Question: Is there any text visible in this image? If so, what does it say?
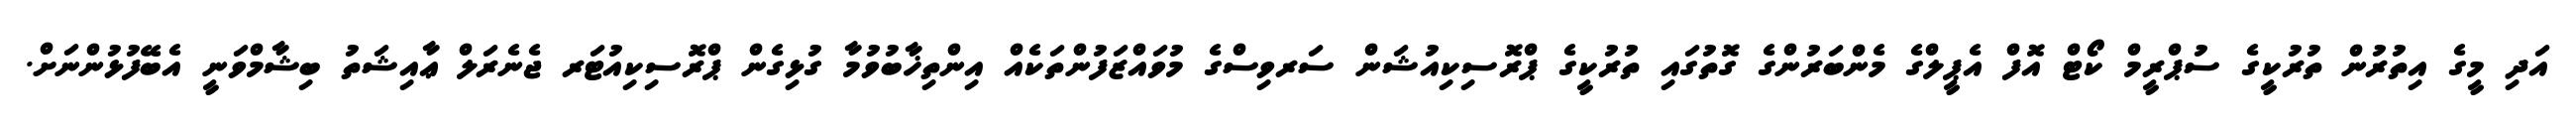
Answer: އަދި މީގެ އިތުރުން ތުރުކީގެ ސުޕްރީމް ކޯޓް އޮފް އެޕީލްގެ މެންބަރުންގެ ގޮތުގައި ތުރުކީގެ ޕްރޮސިކިއުޝަން ސަރވިސްގެ މުވައްޒަފުންތަކެއް އިންތިޚާބުވުމާ ގުޅިގެން ޕްރޮސިކިއުޓަރ ޖެނެރަލް ޢާއިޝަތު ބިޝާމްވަނީ އެބޭފުޅުންނަށް.